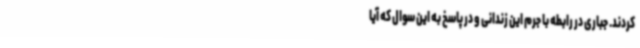
کردند. جباری در رابطه با جرم این زندانی و در پاسخ به این سوال که آیا